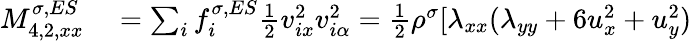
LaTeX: \begin{array}{r}{\begin{array}{rl}{M_{4,2,xx}^{\sigma,ES}}&{{}=\sum_{i}f_{i}^{\sigma,ES}\frac{1}{2}v_{ix}^{2}v_{i\alpha}^{2}=\frac{1}{2}\rho^{\sigma}[\lambda_{xx}(\lambda_{yy}+6u_{x}^{2}+u_{y}^{2})}\end{array}}\end{array}